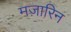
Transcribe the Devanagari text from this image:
मज़ारिन